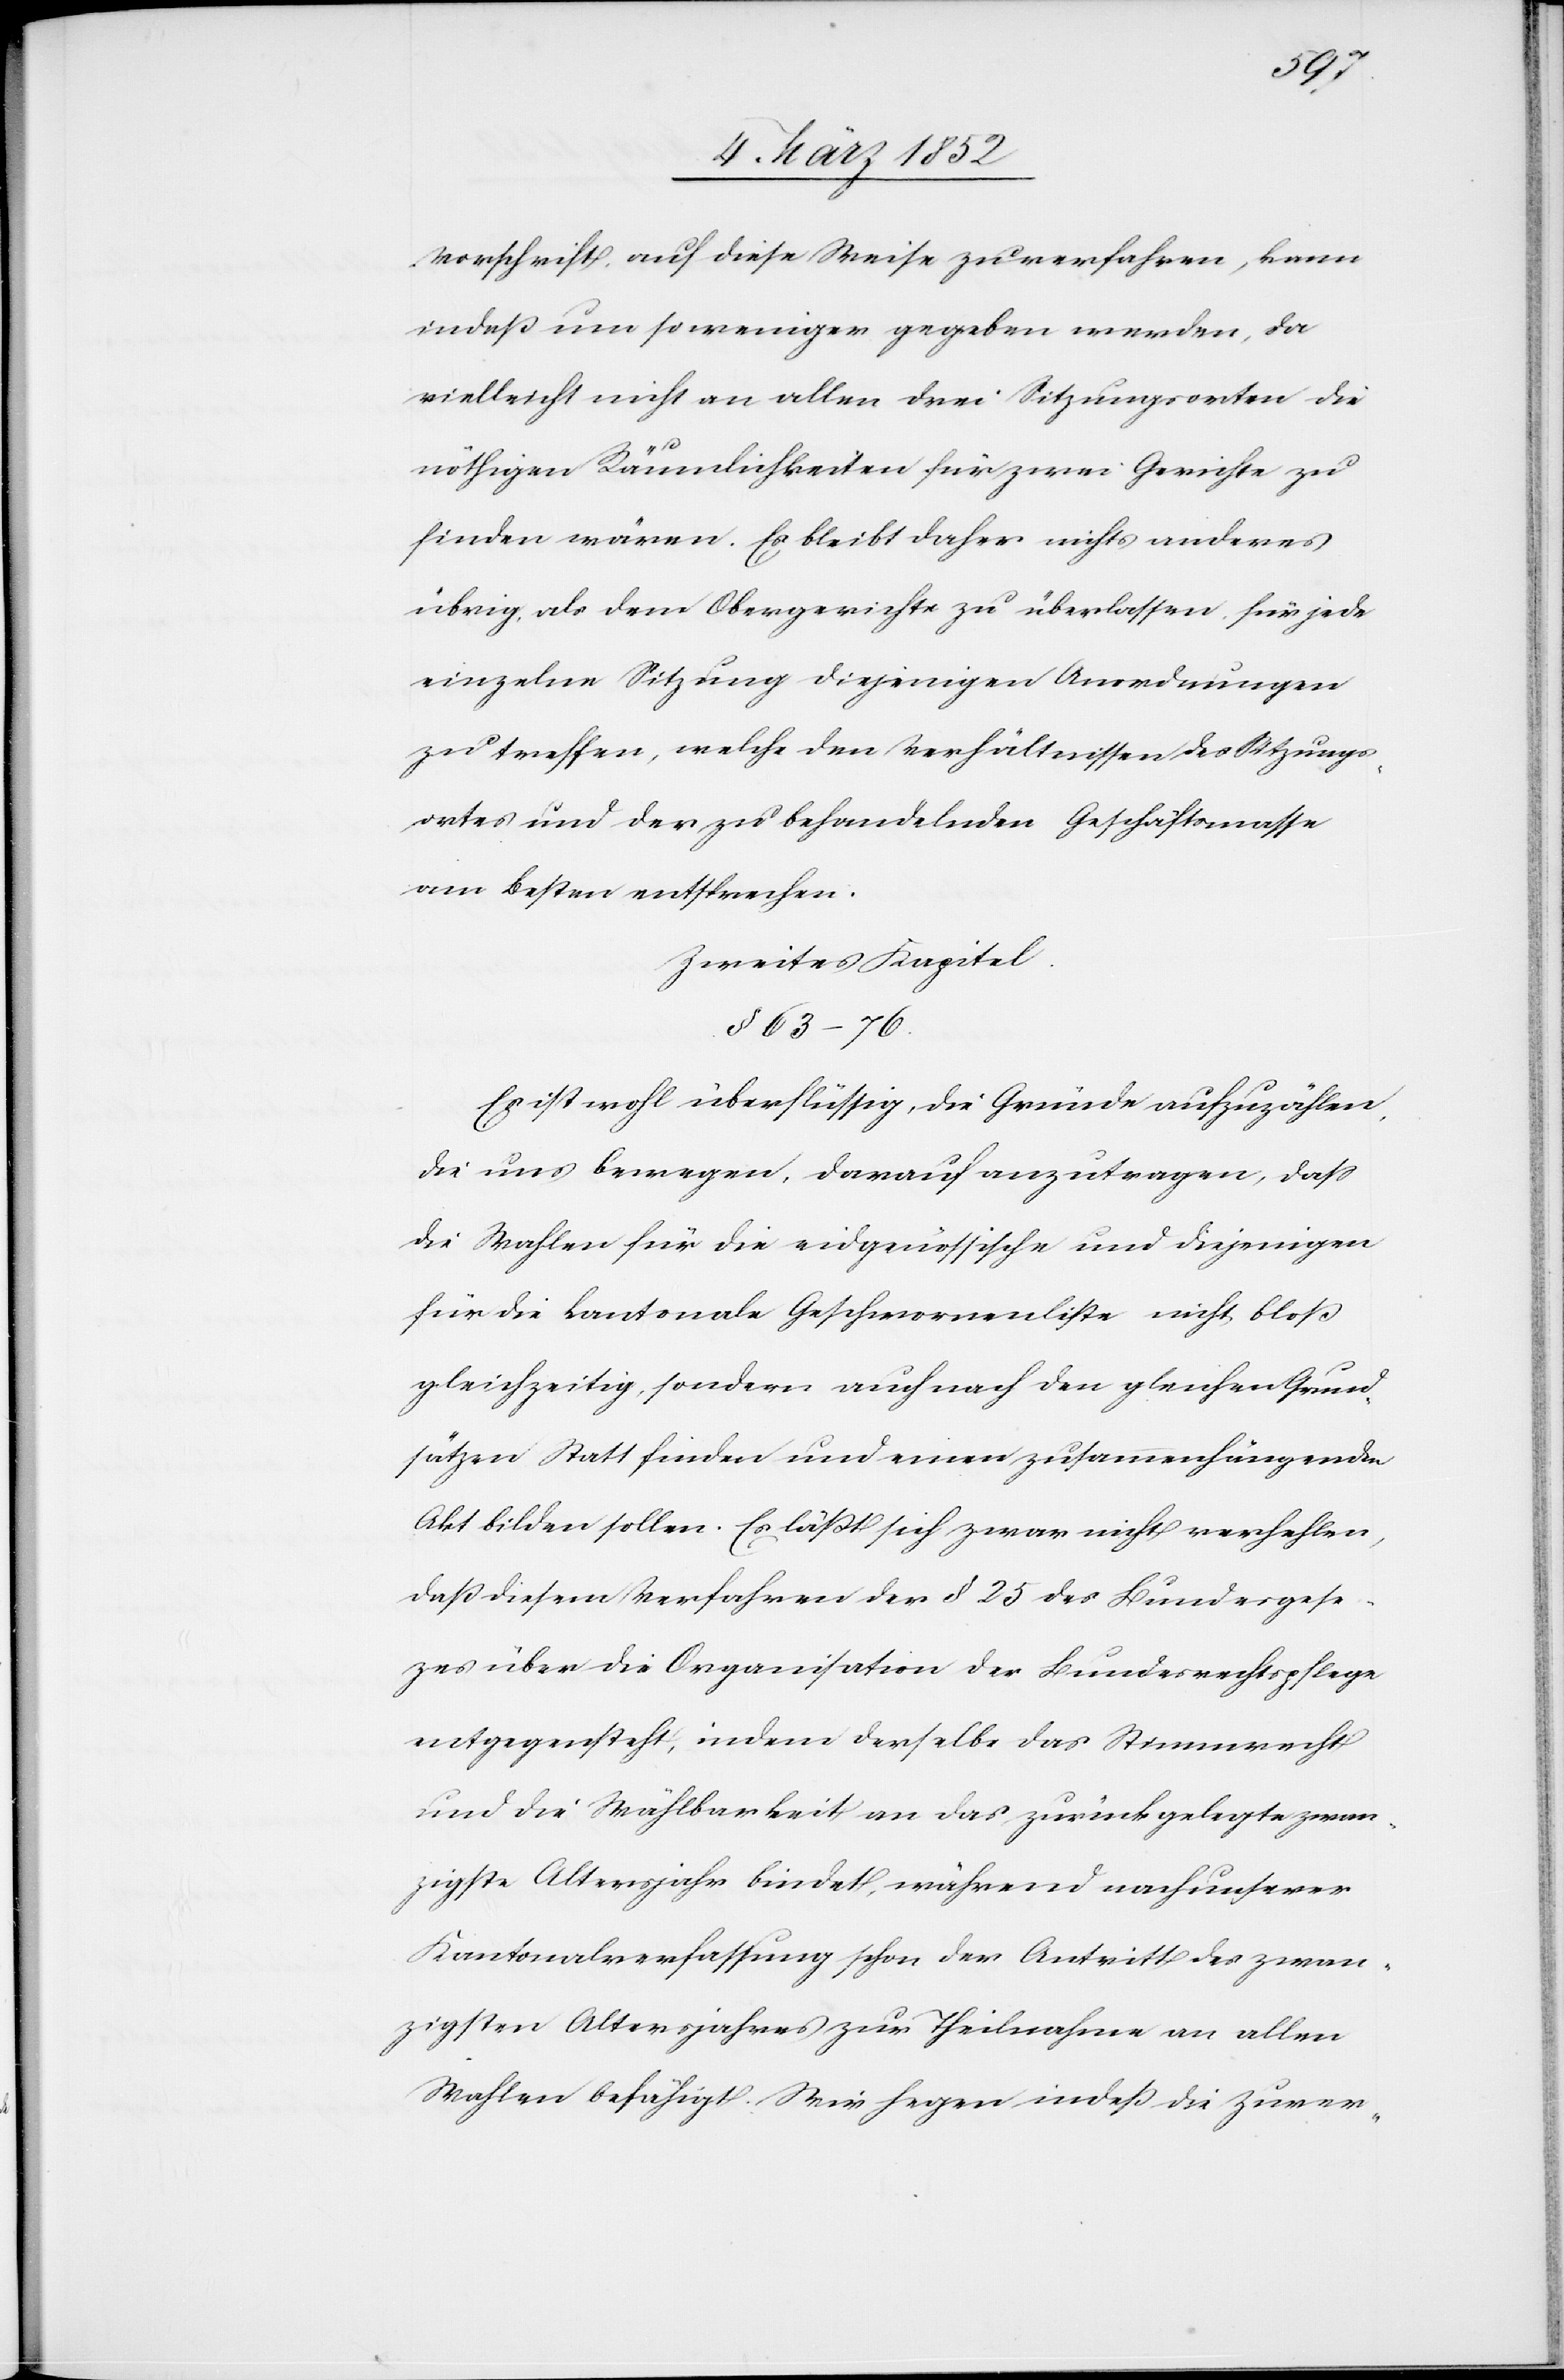
Vorschrift auf diese Weise zu verfahren, kann
indeß um so weniger gegeben werden, da
vielleicht nicht an allen drei Sitzungsorten die
nöthigen Räumlichkeiten für zwei Gerichte zu
finden wären. Es bleibt daher nichts anderes
übrig, als dem Obergerichte zu überlassen, für jede
einzelne Sitzung diejenigen Anwendungen
zu treffen, welche den Verhältnissen des Sitzungs¬
ortes und der zu behandelnden Geschäftsmasse
am besten entsprechen.
Zweites Kapitel
§ 56–76
Es ist wohl überflüssig, die Gründe aufzuzählen,
die uns bewegen, darauf anzutragen, daß
die Wahlen für die eidgenössische und diejenigen
für die kantonale Geschwornenliste nicht bloß
gleichzeitig, sondern auch nach den gleichen Grund¬
sätzen Statt finden und einen zusammenhängenden
Akt bilden sollen. Es läßt sich zwar nicht verhehlen,
daß diesem Verfahren der § 25 des Bundesges¬
e[t]zes über die Organisation der Bundesrechtspflege
entgegensteht, indem derselbe das Stimmrecht
und die Wählbarkeit an das zurückgelegte zwan¬
zigste Altersjahr bindet, während nach unserer
Kantonalverfassung schon der Antritt des zwan¬
zigsten Altersjahres zur Theilnahme an allen
Wahlen befähigt. Wir hegen indeß die Zuver-